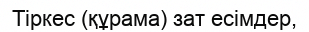
Тіркес (құрама) зат есімдер,